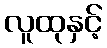
လူထုနှင့်